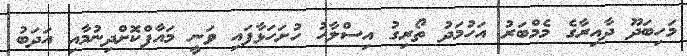
މަހިބަދޫ ދާއިރާގެ މެމްބަރު އަހުމަދު ތޯރިގު އިސްލާހު ހުށަހަޅާފައި ވަނީ މައާފްކޮށްދިނުމާއި އަދަބު